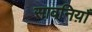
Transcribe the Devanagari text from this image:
सावनिय़ाँ